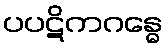
ပပဋိကဂန္ဓေ